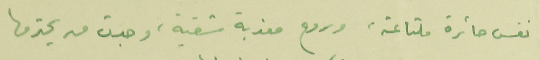
نفس حائرة ملتاعة، وروح معذبة شقية، وجدت من يحترمها